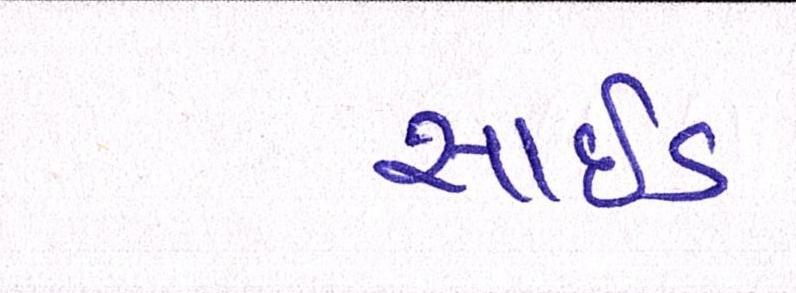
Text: સાઈડ